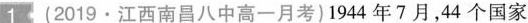
1(2019·江西南昌八中高一月考)1944年7月，44个国家